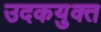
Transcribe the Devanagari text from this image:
उदकयुक्त